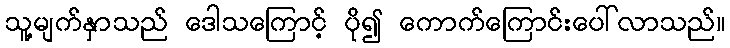
သူ့မျက်နှာသည် ဒေါသကြောင့် ပို၍ ကောက်ကြောင်းပေါ်လာသည်။